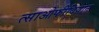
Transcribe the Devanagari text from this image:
त्साओफीदियान